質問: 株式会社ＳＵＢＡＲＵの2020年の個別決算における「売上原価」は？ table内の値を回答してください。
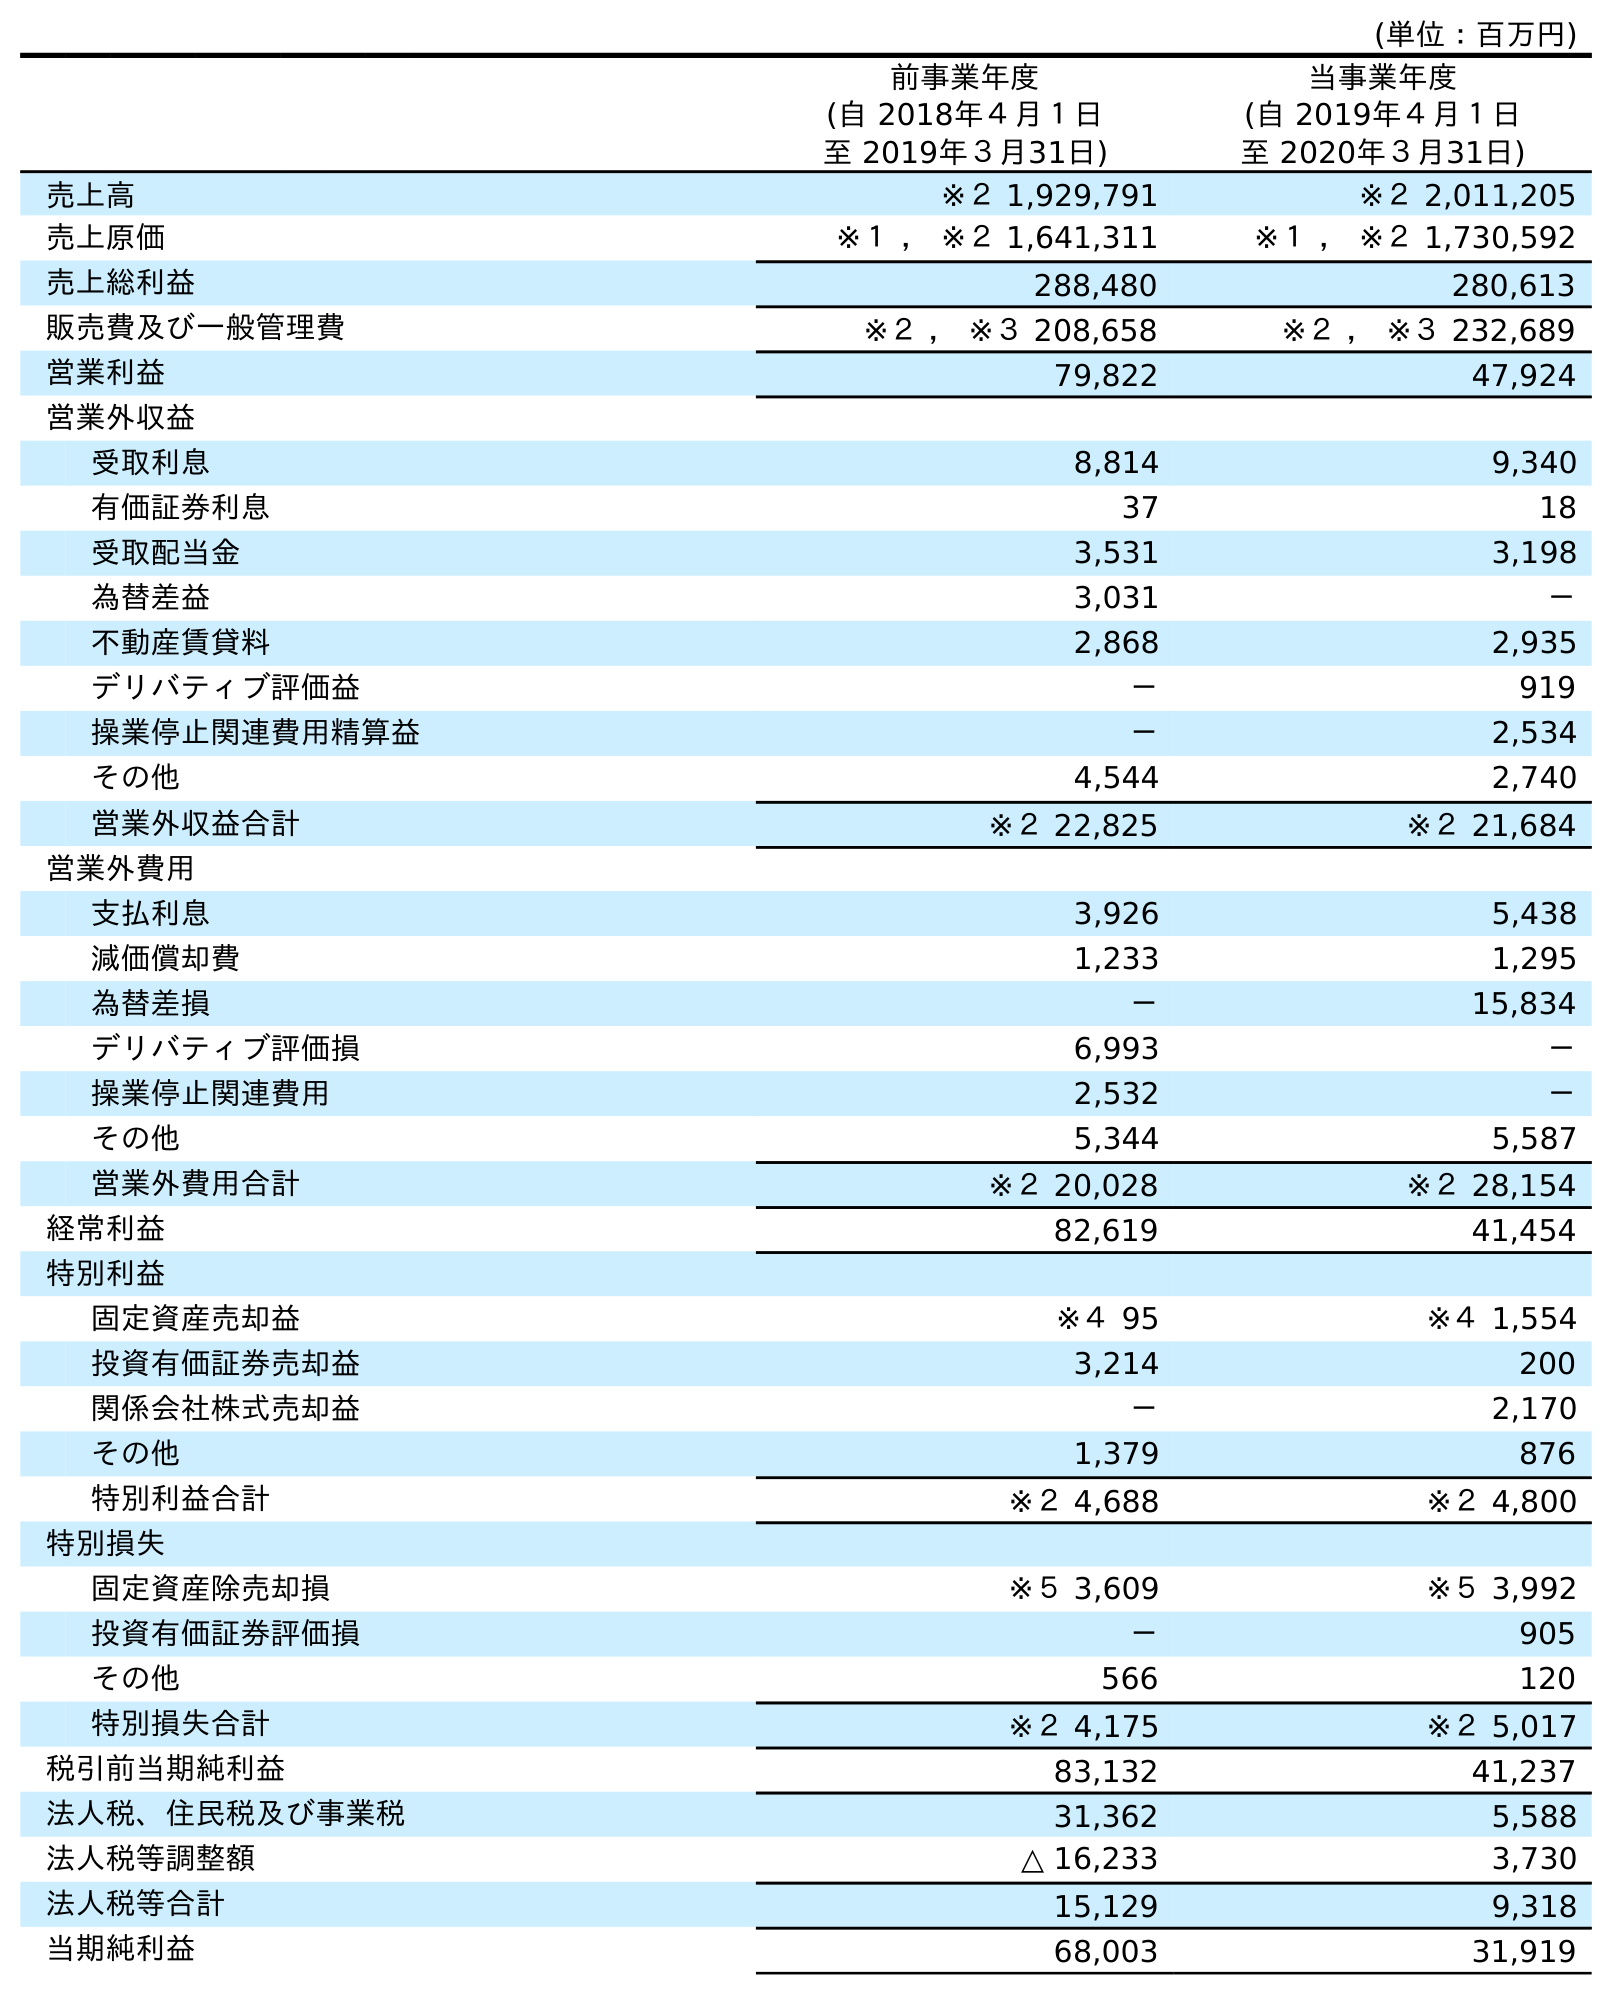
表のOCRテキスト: (単位：百万円) 前事業年度 (自 2018年４月１日 至 2019年３月31日) 当事業年度 (自 2019年４月１日 至 2020年３月31日) 売上高 ※２ 1,929,791 ※２ 2,011,205 売上原価 ※１ ， ※２ 1,641,311 ※１ ， ※２ 1,730,592 売上総利益 288,480 280,613 販売費及び一般管理費 ※２ ， ※３ 208,658 ※２ ， ※３ 232,689 営業利益 79,822 47,924 営業外収益 受取利息 8,814 9,340 有価証券利息 37 18 受取配当金 3,531 3,198 為替差益 3,031 － 不動産賃貸料 2,868 2,935 デリバティブ評価益 － 919 操業停止関連費用精算益 － 2,534 その他 4,544 2,740 営業外収益合計 ※２ 22,825 ※２ 21,684 営業外費用 支払利息 3,926 5,438 減価償却費 1,233 1,295 為替差損 － 15,834 デリバティブ評価損 6,993 － 操業停止関連費用 2,532 － その他 5,344 5,587 営業外費用合計 ※２ 20,028 ※２ 28,154 経常利益 82,619 41,454 特別利益 固定資産売却益 ※４ 95 ※４ 1,554 投資有価証券売却益 3,214 200 関係会社株式売却益 － 2,170 その他 1,379 876 特別利益合計 ※２ 4,688 ※２ 4,800 特別損失 固定資産除売却損 ※５ 3,609 ※５ 3,992 投資有価証券評価損 － 905 その他 566 120 特別損失合計 ※２ 4,175 ※２ 5,017 税引前当期純利益 83,132 41,237 法人税、住民税及び事業税 31,362 5,588 法人税等調整額 △ 16,233 3,730 法人税等合計 15,129 9,318 当期純利益 68,003 31,919
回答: ※１，※２1,730,592